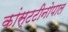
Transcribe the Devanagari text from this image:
कांस्टटीनोपाल